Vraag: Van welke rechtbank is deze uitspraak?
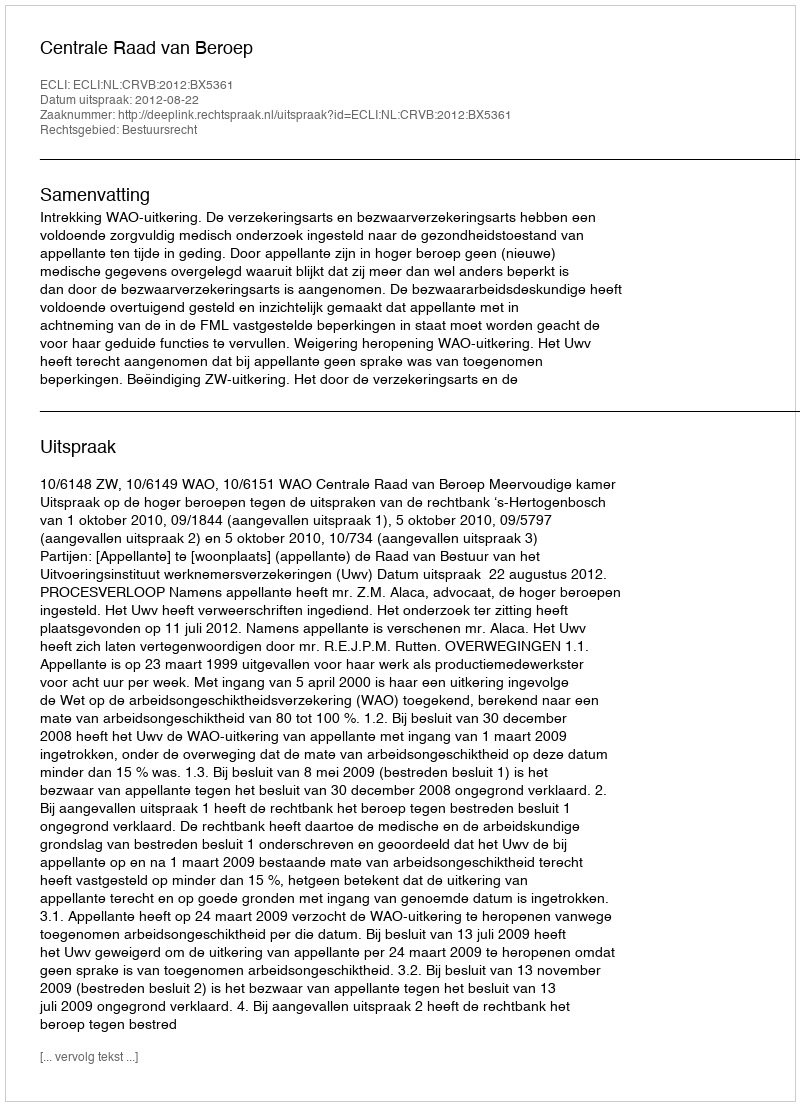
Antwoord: Centrale Raad van Beroep